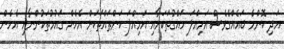
އަދި ކޮންމެ ބައެއްގެވެސް އަމިއްލަ ހައްގުތަކަށާއި އަމިއްލަ ކަންތައްތަކަށް އެހެން ގައުމުތަކުންނާއި އެހެން